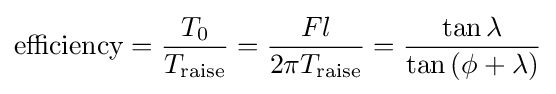
{\mbox{efficiency}}={\frac {T_{0}}{T_{\text{raise}}}}={\frac {Fl}{2\pi T_{\text{raise}}}}={\frac {\tan {\lambda }}{\tan {\left(\phi +\lambda \right)}}}